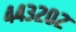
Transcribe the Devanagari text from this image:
४४३२०२